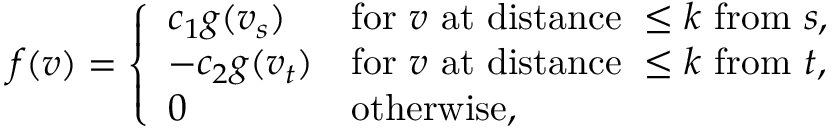
f ( v ) = { \left\{ \begin{array} { l l } { c _ { 1 } g ( v _ { s } ) } & { { \mathrm { f o r ~ } } v { \mathrm { ~ a t ~ d i s t a n c e ~ } } \leq k { \mathrm { ~ f r o m ~ } } s , } \\ { - c _ { 2 } g ( v _ { t } ) } & { { \mathrm { f o r ~ } } v { \mathrm { ~ a t ~ d i s t a n c e ~ } } \leq k { \mathrm { ~ f r o m ~ } } t , } \\ { 0 } & { { \mathrm { o t h e r w i s e , } } } \end{array} \right. }